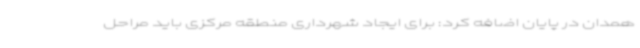
همدان در پایان اضافه کرد: برای ایجاد شهرداری منطقه مرکزی باید مراحل